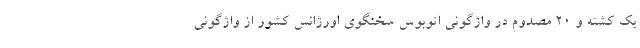
یک کشته و ۲۰ مصدوم در واژگونی اتوبوس سخنگوی اورژانس کشور از واژگونی